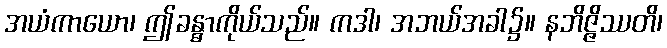
အယံကာယော၊ ဤခန္ဓာကိုယ်သည်။ ကဒါ၊ အဘယ်အခါ၌။ နဘိဇ္ဇိဿတိ၊